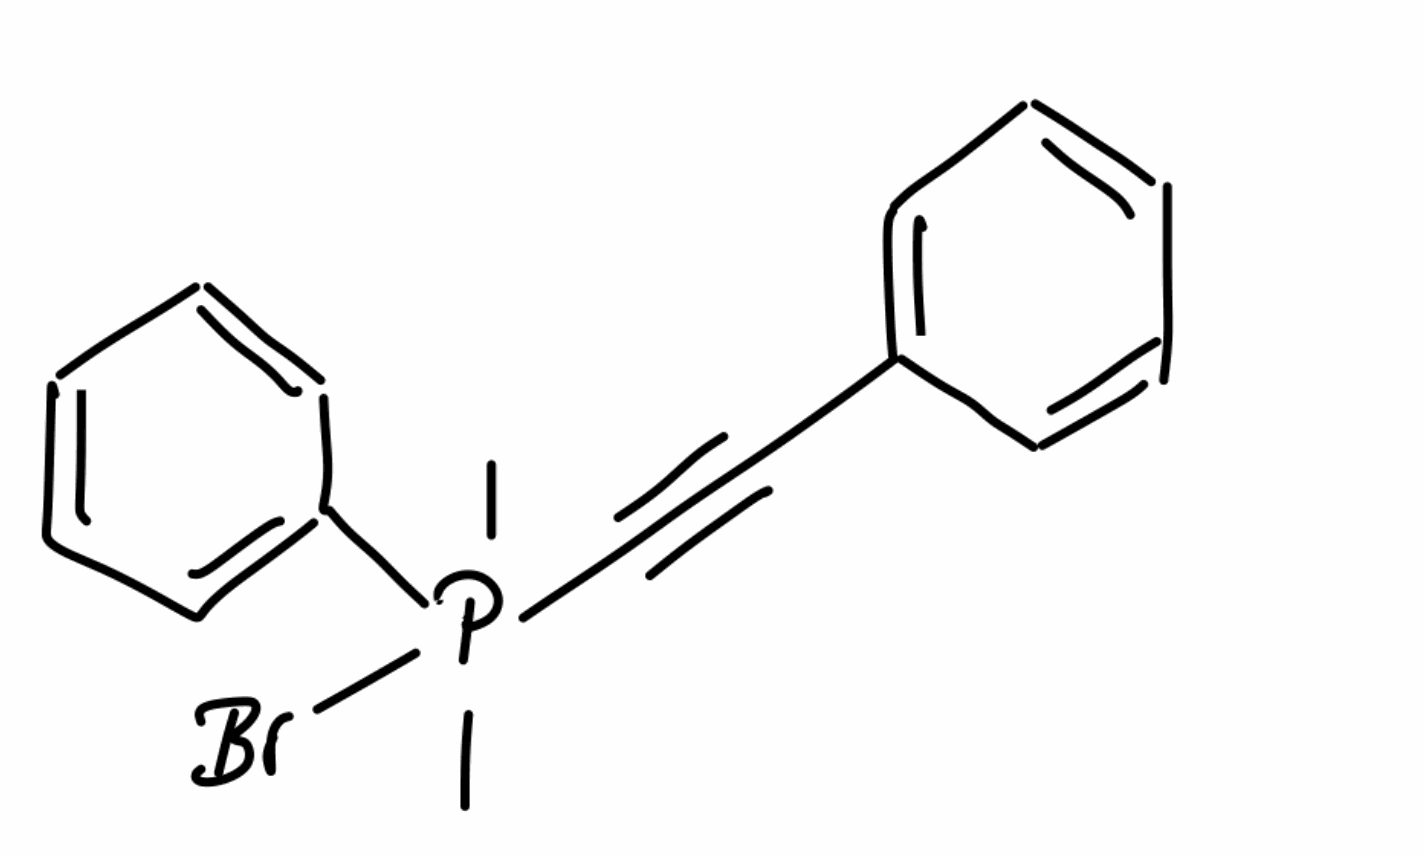
Simplified molecular-input line-entry system (SMILES) notation of the given molecule:
CP(C)(C#CC1=CC=CC=C1)(C2=CC=CC=C2)Br